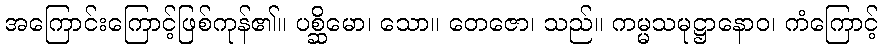
အကြောင်းကြောင့်ဖြစ်ကုန်၏။ ပစ္ဆိမော၊ သော။ တေဇော၊ သည်။ ကမ္မသမုဋ္ဌာနောဝ၊ ကံကြောင့်